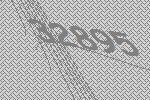
32895